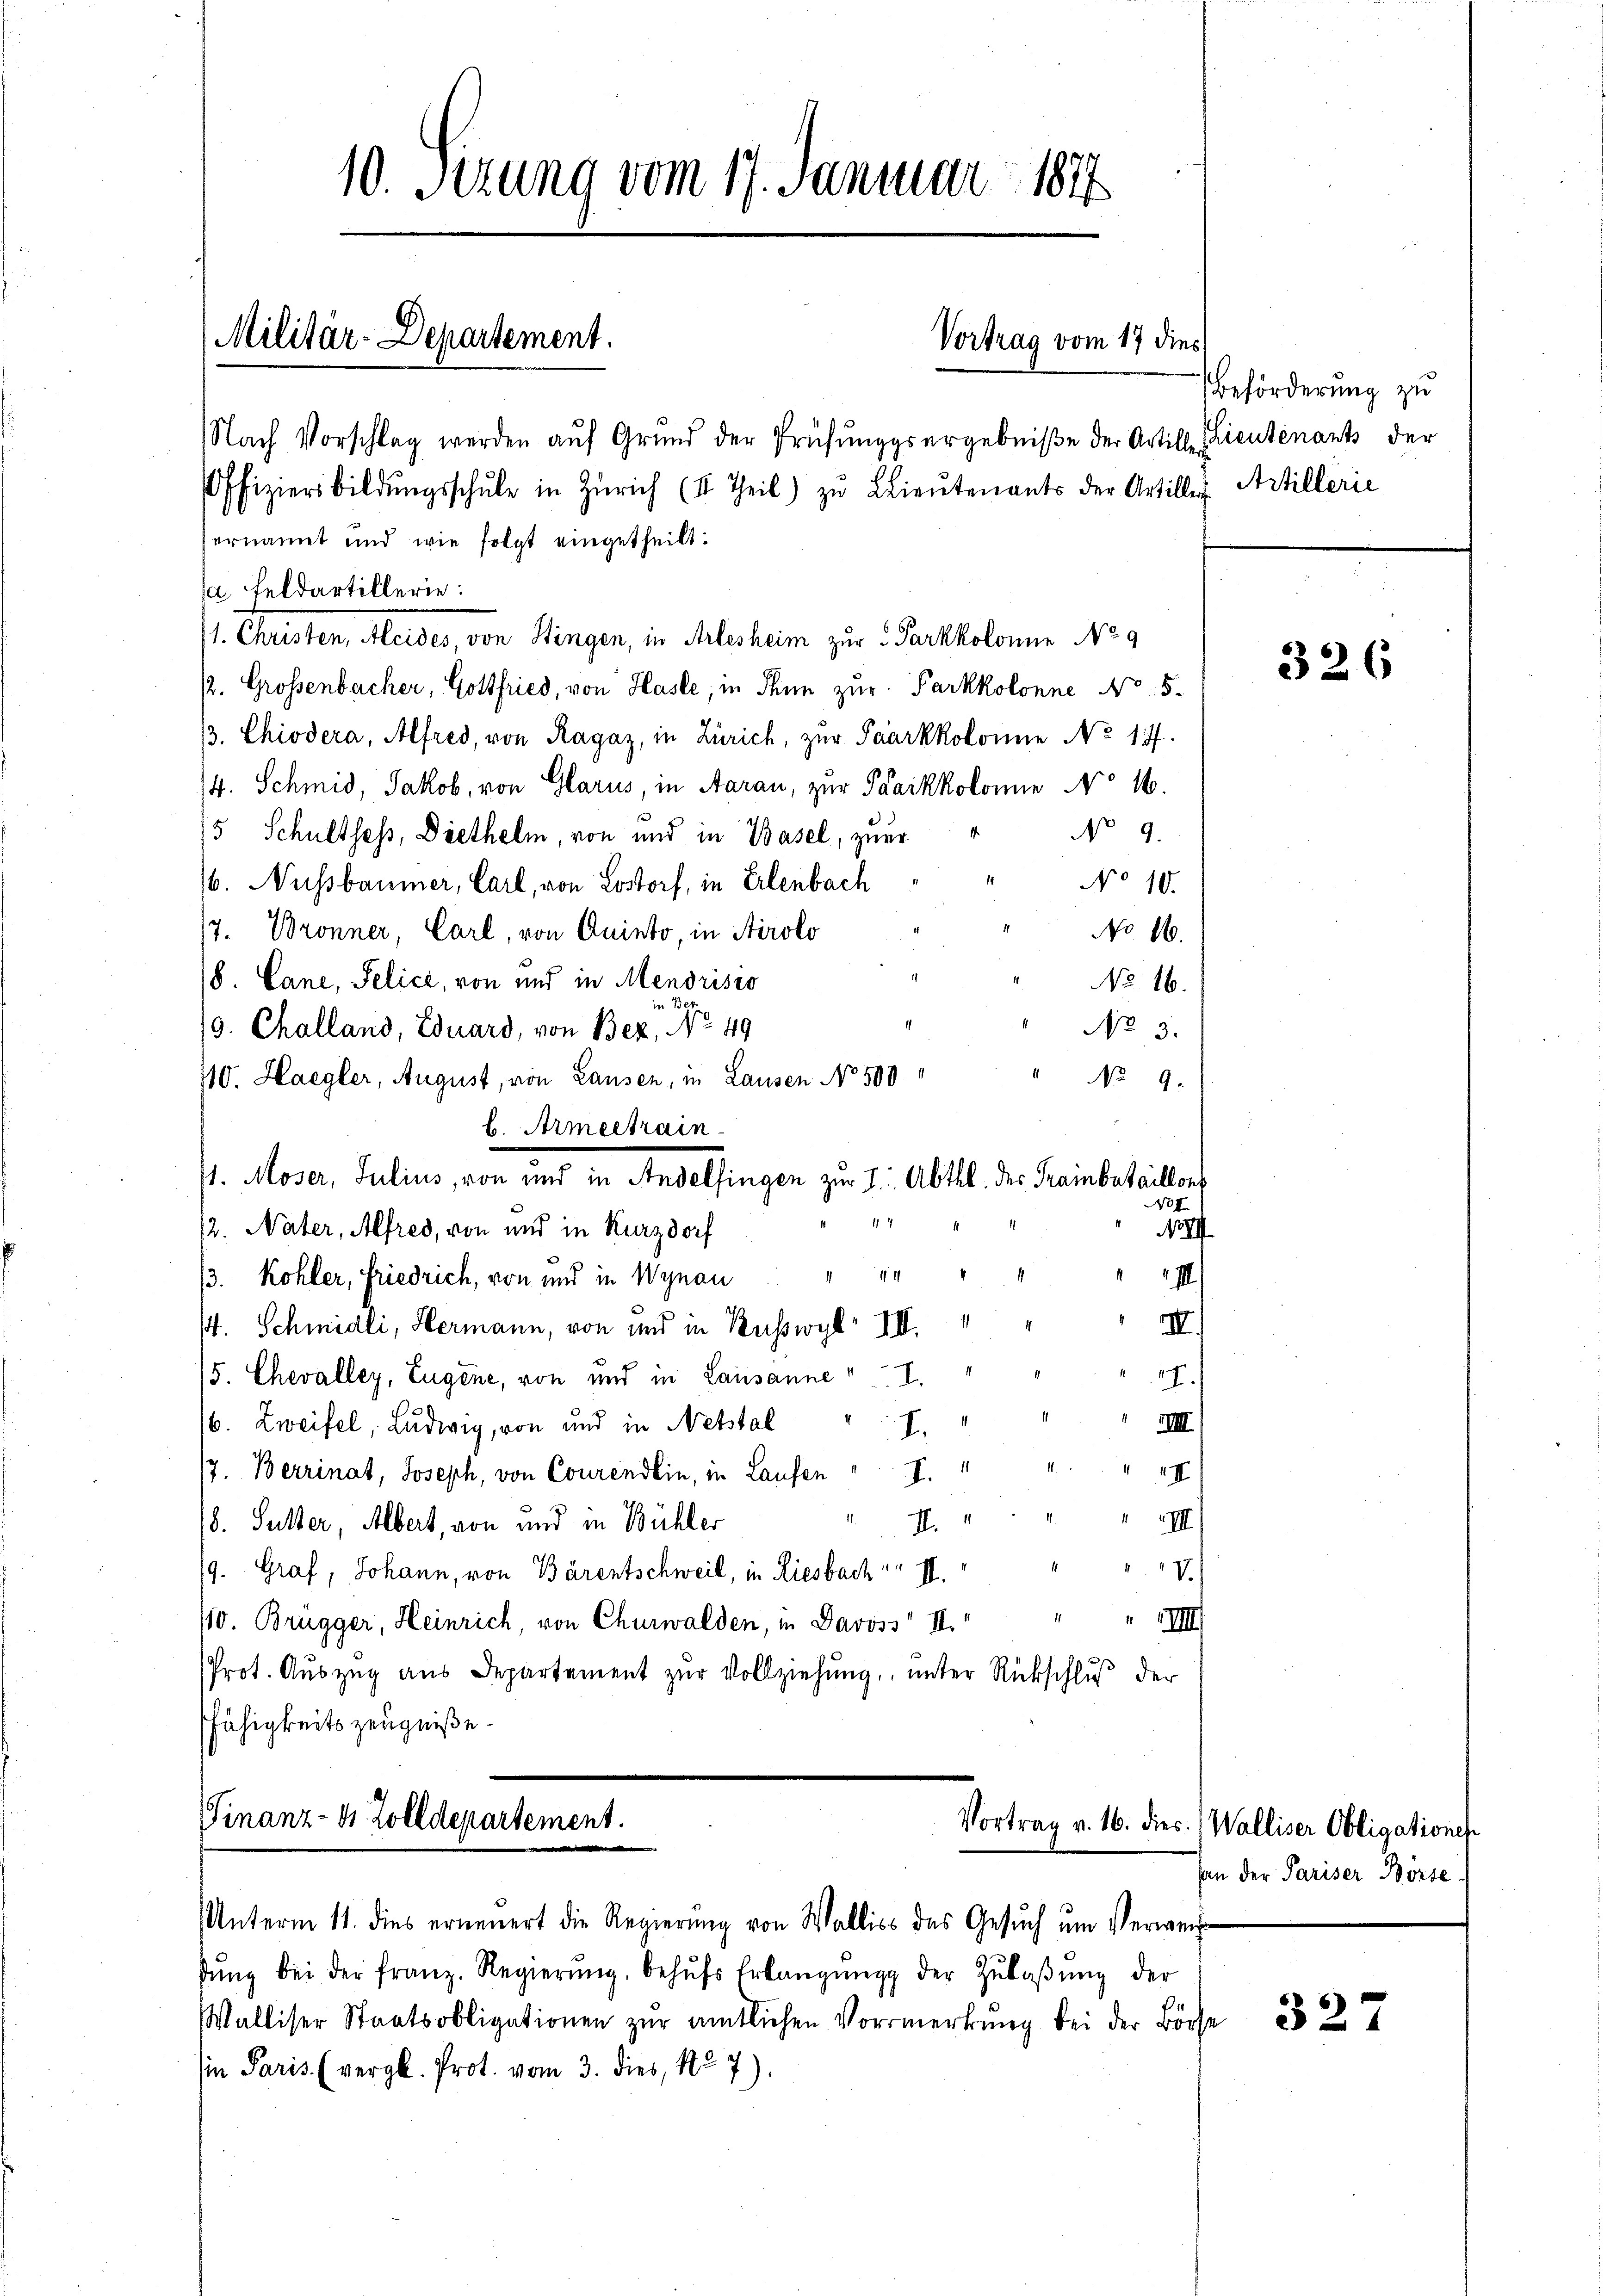
10. Sizung vom 17. Januar 184

ernannt und wie folgt eingetheilt.
a Feldartillerie:
/1. Christen, Aleides, von Hingen, in Arlesheim zur 3 Parkkolonie No 9
2. Grossenbacher, Gottfried, von Hasle, in Thun zur Parkkolonne No. 5.
/3. Chiodera, Alfred, von Ragaz, in Zürich, zur Paarkkolonie No 177.
/4. Schmid, Jakob, von Glarus, in Aarau, zur Parkkolonie No 16.
No 9.
/5 Schultheß, Diethelm, von und in Basel, zuer
No 10.
/6. Nussbaumer, Carl, von Lostorf, in Erlenbach
17. Bronner, Carl, von Quisto, in Airolo
No 16.
(8. Cane, Selici, von und in Mendrisio
NNo. 16.
Bez.
No 3.
19. Challand, Eduard, von Bez, No 49
" No 9.
110. Haegler, August, von Lausen, in Lausen No 500
l. Armeetrain
x
14
i
12. Nater, Alfred, von und in Kurzdorf
No III
14
13. Kohler, Friedrich, von und in Wynau
i
II
s. Schmidli, Hermann, von und in Ruswyl III.
/5. Chevalley, Eugene, von und in Lausanne I
17.
/6. Zweifel, Ludwig, von und in Nebstal I
III.
II
/7. Berrinat, Joseph, von Courendlin, in Laufen " I.
I. " " " " III
(8. Fulter, Albert, von und in Bühler
/9. Graf, Johann, von Bärentschweil, in Riesbach II.
V.
/10. Brugger, Heinrich, von Churwalden, in Davoss II. " " " III
Prot. Auszug aus Departement zur Vollziehung, unter Rückschluß der
fähigkeitszeugniße.
Finanz- & Zolldepartement.
Vortrag v. 16. dies.) Walliser Obligationes
Unterm 11. dies erneuert die Regierŭng von Wallis des Gesŭch ŭm Verweis
dŭng bei der franz. Regierŭng, behŭfs Erlangŭng der Zŭlaβŭng der
Walliser Staatsobligationen zŭr amtlichen Vormerkŭng bei der Börse 227
Ein Paris. (vergl. Prot. vom 3. dies, No 7)

Militär-Departement.

Nach Vorschlag werden aŭf Grŭnd der Prüfŭngsergebniβe der Artille Lieutenants der
Offiziersbildŭngsschŭle in Zürich (II Theil) zŭ Lieŭtenants der Artiller Artillerie

J. Moser, Julius, von und in Andelfingen zur I. Abtel. des Freinbataillon

Vortrag vom 17 dies

Beförderung zu

326

Von der Pariser Börse